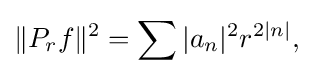
\displaystyle {\|P_{r}f\|^{2}=\sum |a_{n}|^{2}r^{2|n|},}